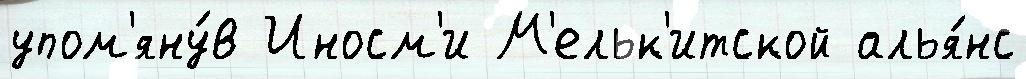
упом'яну́в Иносм'и М'ельк'итской алья́нс